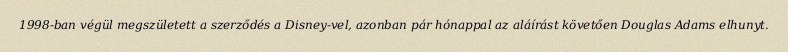
1998-ban végül megszületett a szerződés a Disney-vel, azonban pár hónappal az aláírást követően Douglas Adams elhunyt.